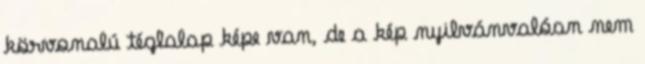
körvonalú téglalap képe van, de a kép nyilvánvalóan nem